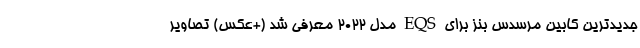
جدیدترین کابین مرسدس بنز برای EQS مدل 2022 معرفی شد (+عکس) تصاویر